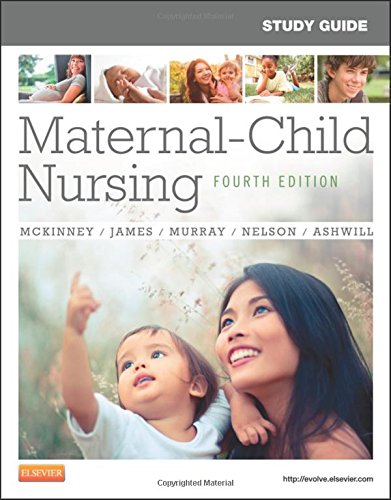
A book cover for Study Guide for Maternal-Child Nursing, 4e; Emily Slone McKinney MSN  RN  C; Medical Books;